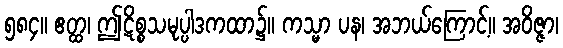
၅၈၄။ ဧတ္ထ၊ ဤဋိစ္စသမုပ္ပါဒကထာ၌။ ကသ္မာ ပန၊ အဘယ်ကြောင့်။ အဝိဇ္ဇာ၊